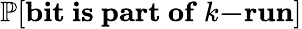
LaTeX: \mathbb{P}[\mathbf{bit~is~part~of~}k\mathbf{-run}]